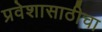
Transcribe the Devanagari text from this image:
प्रवेशासाठीचा